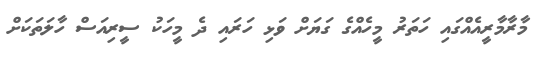
މާރާމާރީއެއްގައި ހަތަރު މީހެއްގެ ގަޔަށް ވަޅި ހަރައި ދެ މީހަކު ސީރިއަސް ހާލަތަކަށް